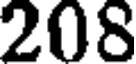
208